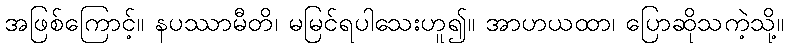
အဖြစ်ကြောင့်။ နပဿာမီတိ၊ မမြင်ရပါသေးဟူ၍။ အာဟယထာ၊ ပြောဆိုသကဲ့သို့။